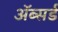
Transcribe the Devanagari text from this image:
ॲब्सर्ड